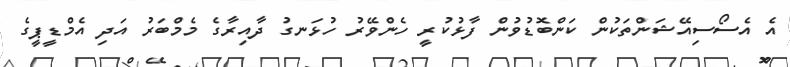
އެ އެސޯސިއޭޝަންތަކުން ކަންބޮޑުވުން ފާޅުކުރީ ހެންވޭރު ހުޅަނގު ދާއިރާގެ މެމްބަރު އަދި އެމްޑީޕީގެ